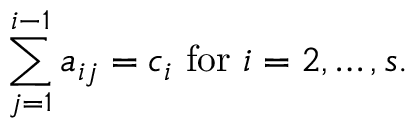
\sum _ { j = 1 } ^ { i - 1 } a _ { i j } = c _ { i } { \mathrm { ~ f o r ~ } } i = 2 , \ldots , s .